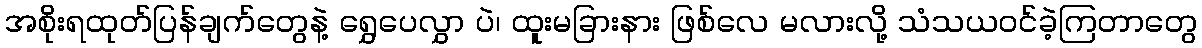
အစိုးရထုတ်ပြန်ချက်တွေနဲ့ ရွှေပေလွှာ ပဲ၊ ထူးမခြားနား ဖြစ်လေ မလားလို့ သံသယဝင်ခဲ့ကြတာတွေ